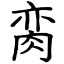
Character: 脔